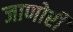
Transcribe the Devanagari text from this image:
जाणोरी